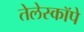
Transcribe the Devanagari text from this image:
तेलेस्कॉपे